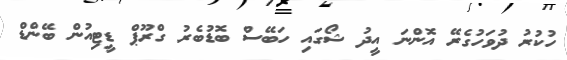
ހުކުރު ދުވަހުގެރޭ އޮންނަ އީދު ޝޯގައި ހަބޭސް ބޮޑުބެރު ގްރޫޕް ޑީޓިއުން ބޭންޑް